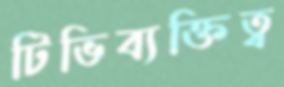
টিভিব্যক্তিত্ব